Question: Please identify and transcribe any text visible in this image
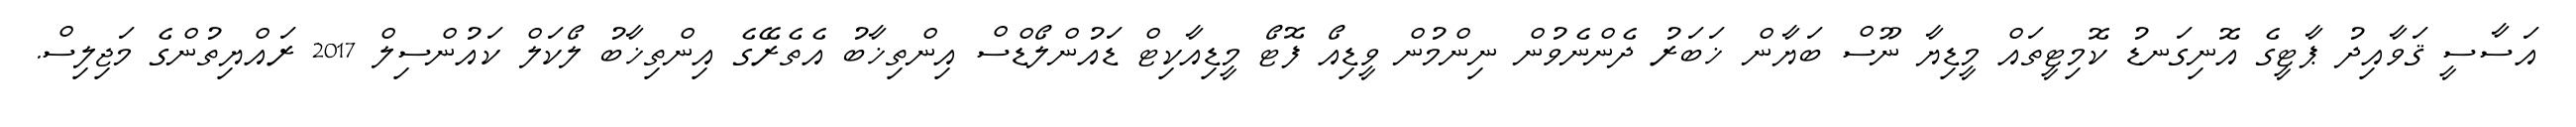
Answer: އަސާސީ ޤަވާއިދު ޕާޓީގެ އޮނިގަނޑު ކޮމިޓީތައް މީޑިޔާ ނޫސް ބަޔާން ޚަބަރު ދެންނެވުން ނިންމުން ވީޑިއޯ ފޮޓޯ މީޑިއާކިޓް ޑައުންލޯޑްސް އިންތިޚާބު އެތެރޭގެ އިންތިޚާބު ލޯކަލް ކައުންސިލް 2017 ރައްޔިތުންގެ މަޖިލިސް.